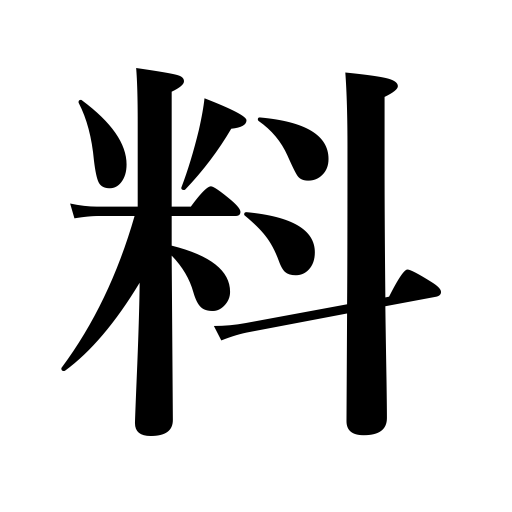
Meanings: materials,fee,rate,charge,allowance,measuring